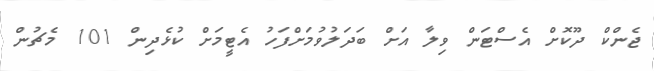
ޖެންކް ދޫކޮށް އެސްޓަން ވިލާ އަށް ބަދަލުވުމަށްފަހު އެޓީމަށް ކުޅެދިން 101 މެޗުން